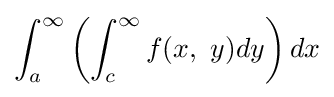
\int _{a}^{\infty }\left(\int _{c}^{\infty }f(x,\ y)dy\right)dx